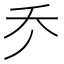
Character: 𠂚